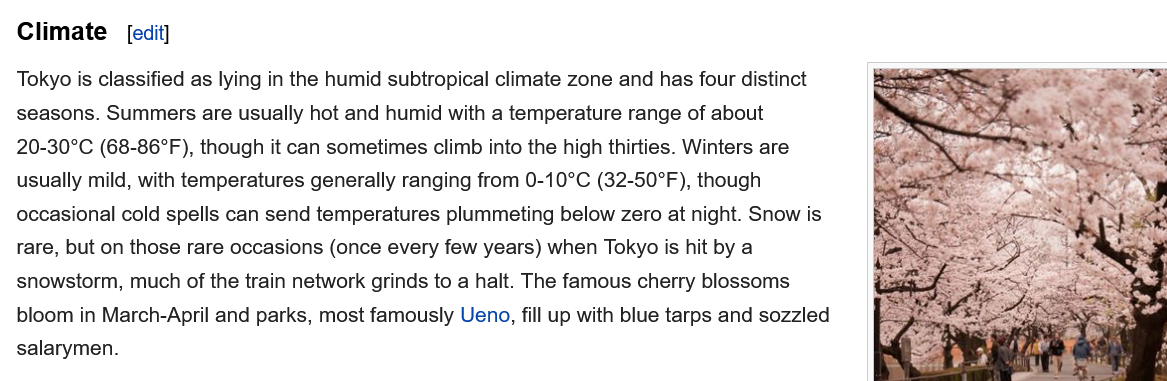
Climate    [edit]
  Tokyo is classified as lying in the humid subtropical climate zone and has four distinct
  seasons. Summers are usually hot and humid with a temperature range of about
  20-30°C (68-86°F), though it can sometimes climb into the high thirties. Winters are
  usually mild, with temperatures generally ranging from 0-10°C (32-50°F), though
  occasional cold spells can send temperatures plummeting below zero at night. Snow is
  rare, but on those rare occasions (once every few years) when Tokyo is hit by a
  snowstorm, much of the train network grinds to a halt. The famous cherry blossoms
  bloom in March-April and parks, most famously Ueno, fill up with blue tarps and sozzled
  salarymen.